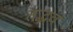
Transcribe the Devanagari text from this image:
तद्‍भव